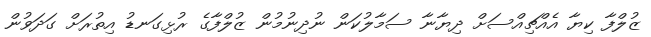
ޒުލްފާ ކިޔާ އެއްޗިއްސަށް ދިޔާނާ ސަމާލުކަން ނުދިނުމުން ޒުލްފާގެ ރުޅިގަނޑު އިތުރަށް ގަދަވުން